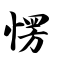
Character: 愣